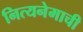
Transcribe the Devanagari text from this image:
नित्यनेमाची